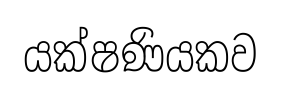
යක්ෂණියකව